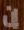
إن